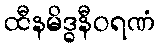
ထီနမိဒ္ဓနီဝရဏံ